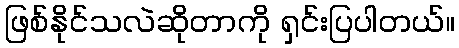
ဖြစ်နိုင်သလဲဆိုတာကို ရှင်းပြပါတယ်။